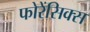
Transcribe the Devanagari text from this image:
फोरेंसिक्स